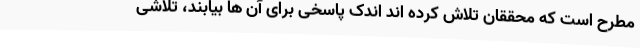
مطرح است که محققان تلاش کرده اند اندک پاسخی برای آن ها بیابند، تلاشی